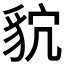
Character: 𮙩